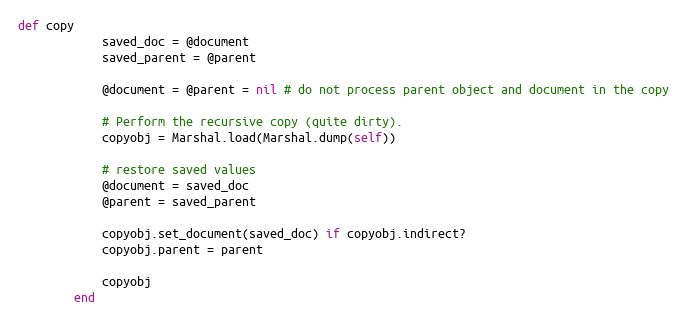
Language: Ruby
def copy
            saved_doc = @document
            saved_parent = @parent

            @document = @parent = nil # do not process parent object and document in the copy

            # Perform the recursive copy (quite dirty).
            copyobj = Marshal.load(Marshal.dump(self))

            # restore saved values
            @document = saved_doc
            @parent = saved_parent

            copyobj.set_document(saved_doc) if copyobj.indirect?
            copyobj.parent = parent

            copyobj
        end